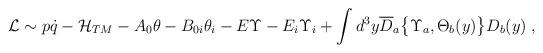
LaTeX: \begin{align*}{\cal L}\sim p\dot{q}-{\cal H}_{TM}-A_0\theta-B_{0i}\theta_i-E\Upsilon-E_i\Upsilon_i+\int d^3y{\overline D}_a\bigl\{\Upsilon_a,\Theta_b(y)\bigl\}D_b(y) \;,\end{align*}